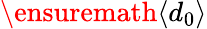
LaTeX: \ensuremath{\left\langle d_{0}\right\rangle}